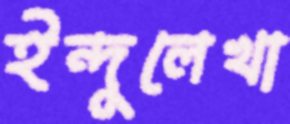
ইন্দুলেখা